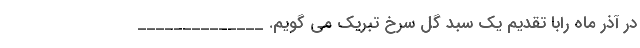
در آذر ماه رابا تقدیم یک سبد گل سرخ تبریک می گویم. ______________